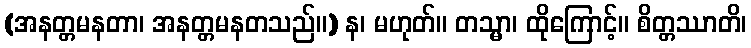
(အနတ္တမနတာ၊ အနတ္တမနတသည်။) န၊ မဟုတ်။ တသ္မာ၊ ထိုကြောင့်။ စိတ္တဿာတိ၊